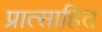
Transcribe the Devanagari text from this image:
प्रात्साहित